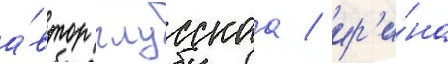
а́втор глусскаа / ир'и́на